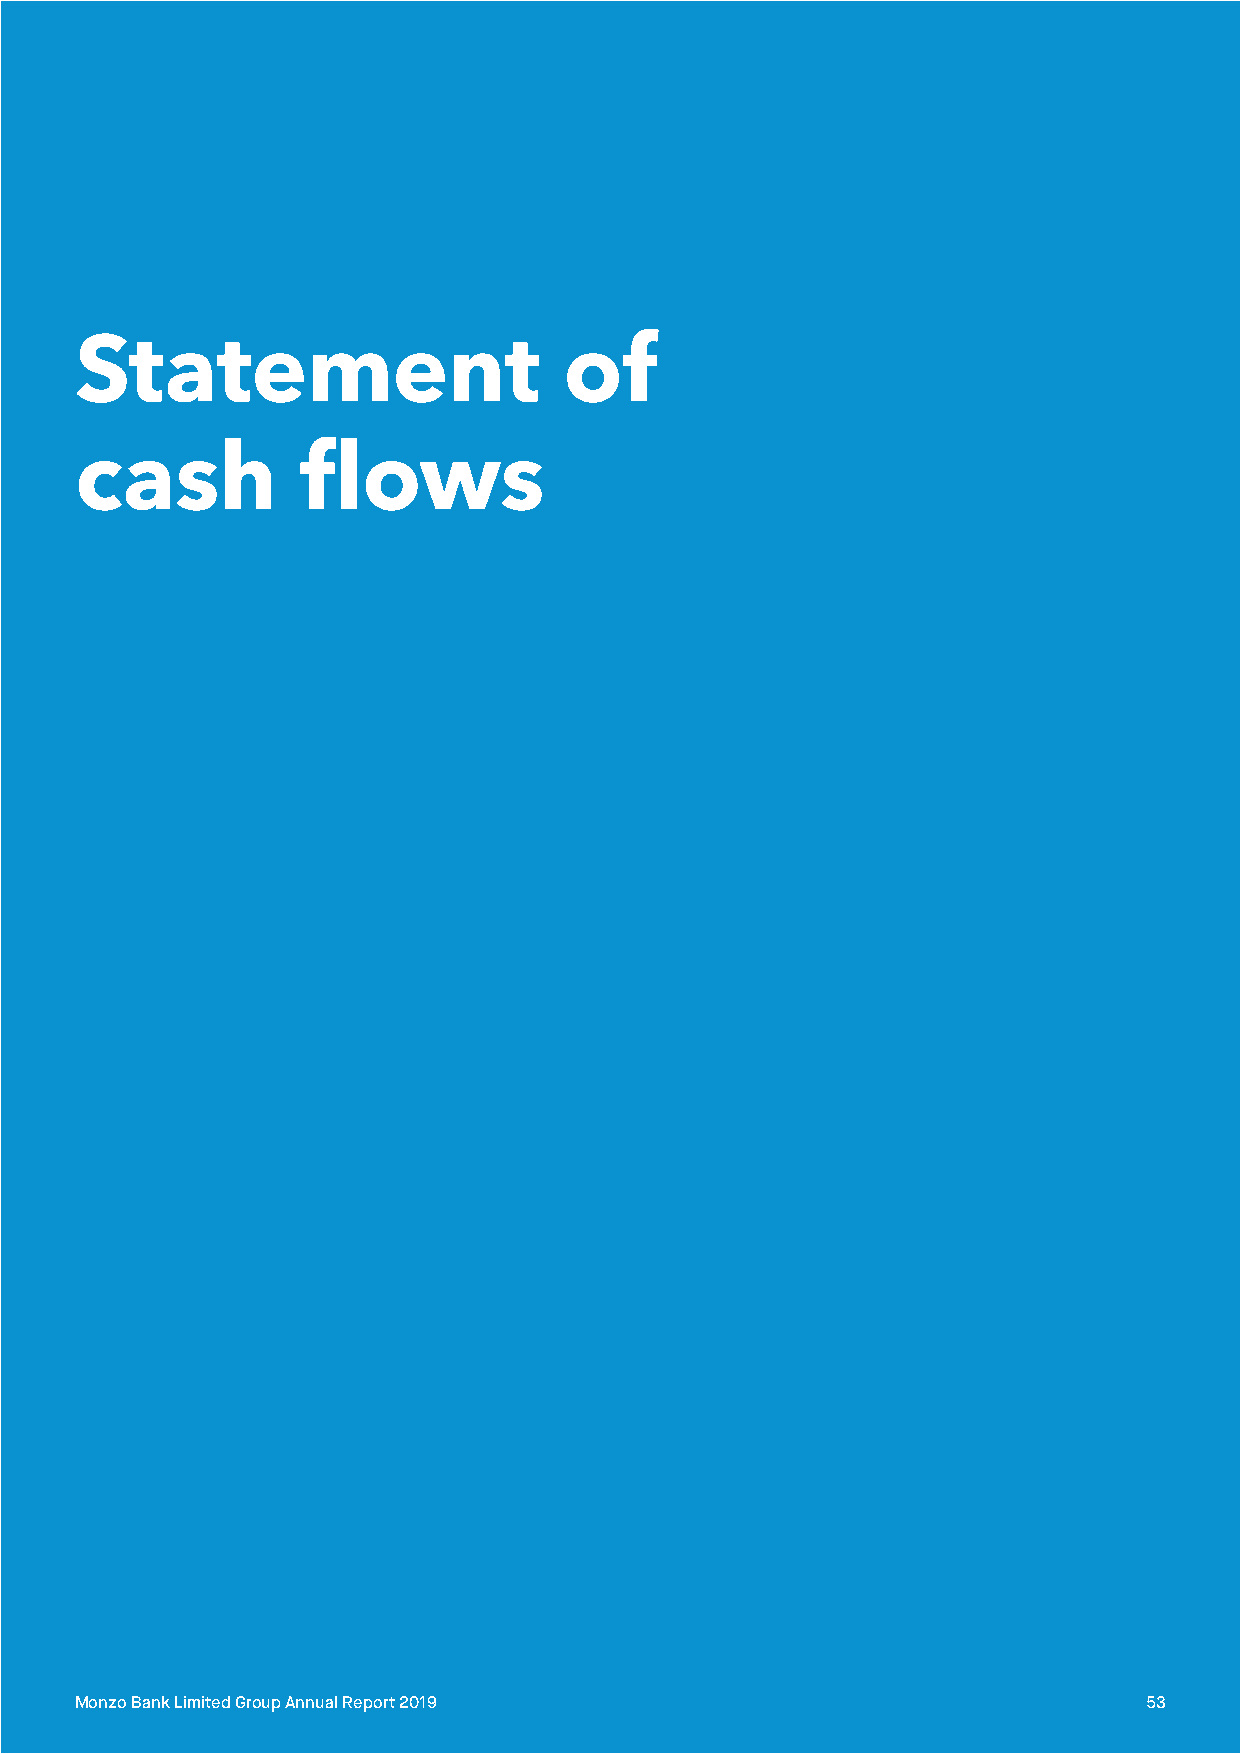
Statement                       of
 cash           flows
 Monzo Bank Limited Group Annual Report 2019                            53